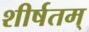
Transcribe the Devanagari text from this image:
शीर्षतम्